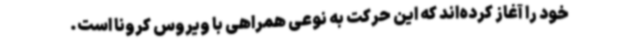
خود را آغاز کرده‌اند که این حرکت به نوعی همراهی با ویروس کرونا است‌.